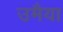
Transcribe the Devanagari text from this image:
उमैया